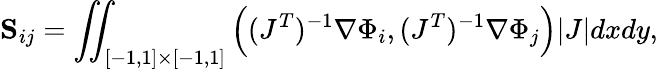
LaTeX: \mathbf{S}_{ij}=\iint_{[-1,1]\times[-1,1]}\Big((J^{T})^{-1}\nabla\Phi_{i},(J^{T})^{-1}\nabla\Phi_{j}\Big)|J|dxdy,